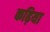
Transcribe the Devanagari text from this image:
कढ़िया